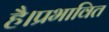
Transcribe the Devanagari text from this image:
है।प्रभावित